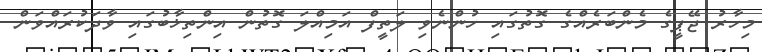
މިހާރު ޖޭޕީގެ މެންބަރެއްގެ ގޮތުގައި ހުންނެވި ލަތީފް އަމިއްލަ ގޮތުން އިންތިޚާބުގައި ވާދަކުރައްވަން